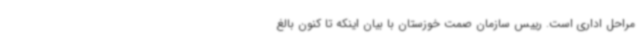
مراحل اداری است. رییس سازمان صمت خوزستان با بیان اینکه تا کنون بالغ